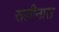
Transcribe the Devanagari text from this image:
सलीनास